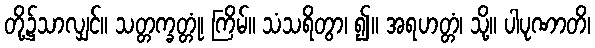
တို့၌သာလျှင်။ သတ္တက္ခတ္တုံ၊ ကြိမ်။ သံသရိတွာ၊ ၍။ အရဟတ္တံ၊ သို့။ ပါပုဏာတိ၊